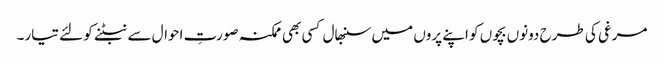
مرغی کی طرح دونوں بچوں کو اپنے پروں میں سنبھال کسی بھی ممکنہ صورتِ احوال سے نبٹنے کو لئے تیار۔